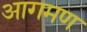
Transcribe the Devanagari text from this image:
आगमण